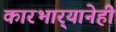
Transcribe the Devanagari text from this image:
कारभार्‍यानेही